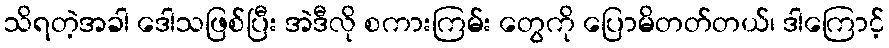
သိရတဲ့အခါ ဒေါသဖြစ်ပြီး အဲဒီလို စကားကြမ်း တွေကို ပြောမိတတ်တယ်၊ ဒါကြောင့်